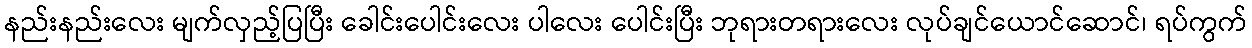
နည်းနည်းလေး မျက်လှည့်ပြပြီး ခေါင်းပေါင်းလေး ပါလေး ပေါင်းပြီး ဘုရားတရားလေး လုပ်ချင်ယောင်ဆောင်၊ ရပ်ကွက်